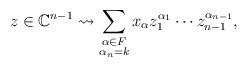
LaTeX: \begin{align*}z \in \mathbb{C}^{n-1} \rightsquigarrow \sum_{\substack {\alpha \in F \\ \alpha_{n}=k}} x_{\alpha} z_{1}^{\alpha_{1}} \cdots z_{n-1}^{\alpha_{n-1}},\end{align*}